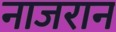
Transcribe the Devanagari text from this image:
नाजरान